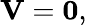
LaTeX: \mathbf{V}=\mathbf{0},